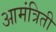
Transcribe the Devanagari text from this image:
आमंत्रिती